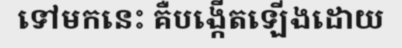
ទៅមកនេះ គឺបង្កើតឡើងដោយ